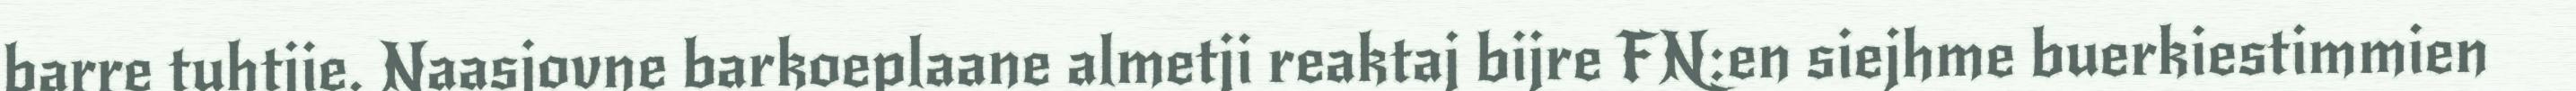
barre tuhtjie. Naasjovne barkoeplaane almetji reaktaj bijre FN:en siejhme buerkiestimmien